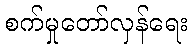
စက်မှုတော်လှန်ရေး